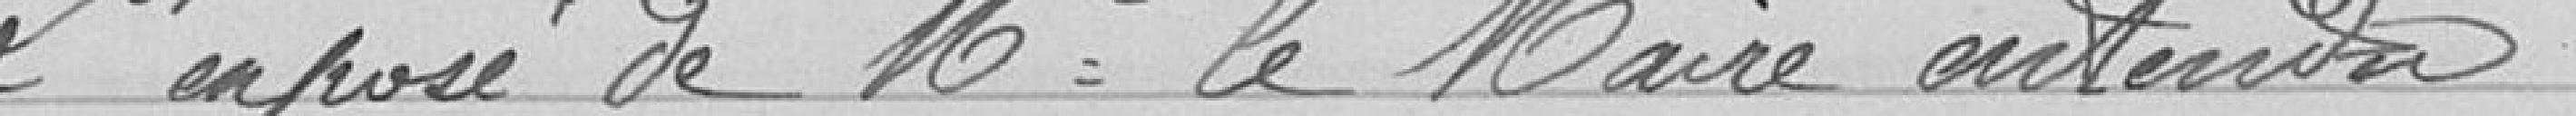
L'exposé de Monsieur le Maire entendra,